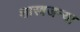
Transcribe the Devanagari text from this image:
शास्त्रजन्या